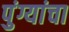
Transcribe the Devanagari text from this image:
पुंग्यांचा